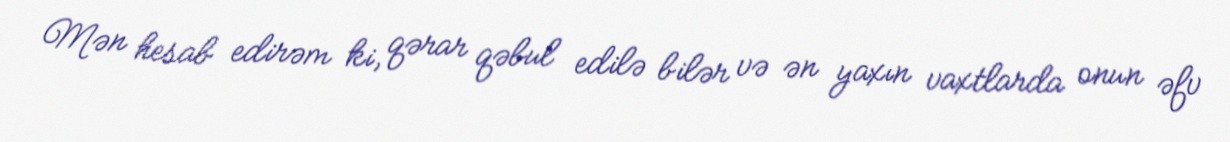
Mən hesab edirəm ki, qərar qəbul edilə bilər və ən yaxın vaxtlarda onun əfv